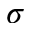
\sigma